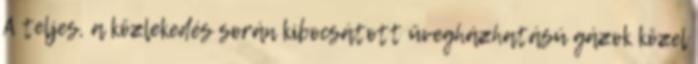
A teljes, a közlekedés során kibocsátott üvegházhatású gázok közel